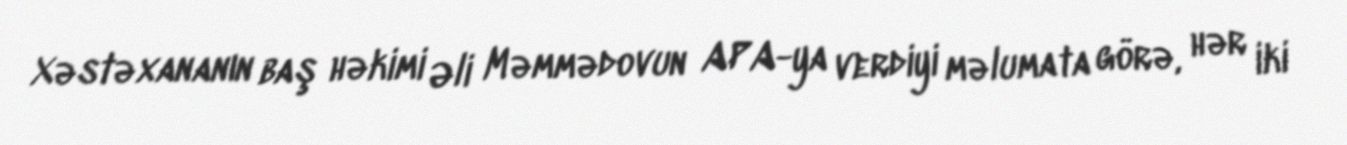
Xəstəxananın baş həkimi Əli Məmmədovun APA-ya verdiyi məlumata görə, hər iki